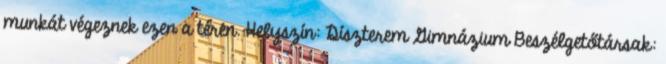
munkát végeznek ezen a téren. Helyszín: Díszterem Gimnázium Beszélgetőtársak: